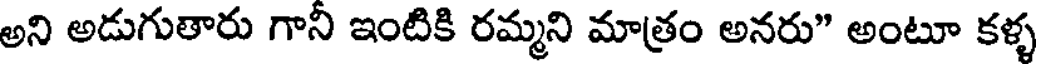
అని అడుగుతారు గాని ఇంటికి రమ్మని మాత్రం అనరు" అంటూ కళ్ళ